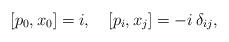
LaTeX: \begin{align*}[p_0, x_0] = i, \quad [p_i, x_j] = -i \, \delta_{ij},\end{align*}